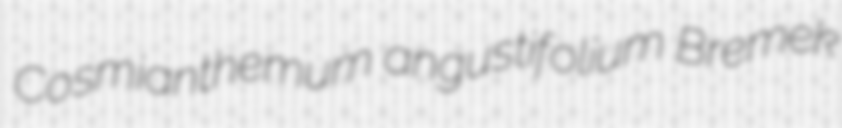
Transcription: Cosmianthemum angustifolium Bremek